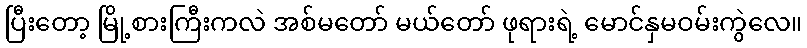
ပြီးတော့ မြို့စားကြီးကလဲ အစ်မတော် မယ်တော် ဖုရားရဲ့ မောင်နှမဝမ်းကွဲလေ။